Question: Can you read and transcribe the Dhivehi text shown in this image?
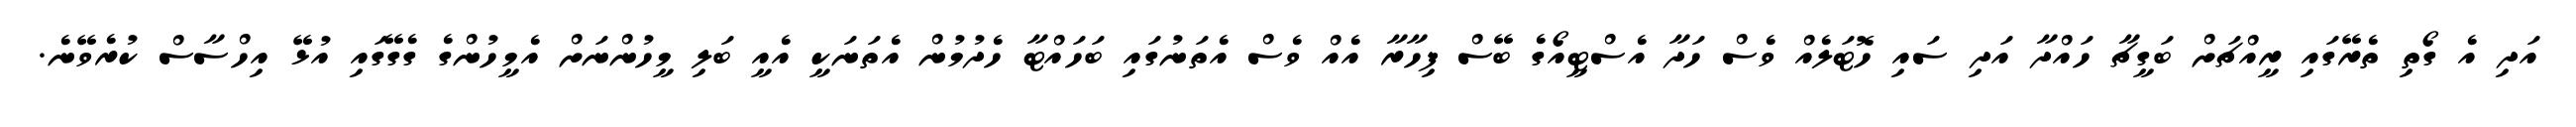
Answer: އަދި އެ ގޯތި ތެރޭގައި ރީއްޗަށް ބަގީޗާ ހައްދާ އަދި ސައި ހޮޓަލެއް ވެސް ހަދާ އެސްޓީއޯގެ ބޭސް ފިހާރާ އެއް ވެސް އެތަނުގައި ބަހައްޓާ ހެދުމުން އެތަނަކީ އެއީ ބަލި މީހުންނަށް އެމީހުންގެ ގެގޭގައި އުޅޭ އިހްސާސް ކުރެވޭނެ.